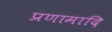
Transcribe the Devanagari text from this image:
प्रणामादि